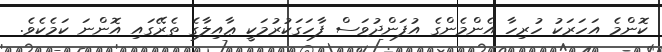
ކޮންމެ އަހަރަކު ހުރިހާ އެންމެންގެ އުފަންދުވަސް ފާހަގަކުރުމަކީ ޢާއިލާގެ ތެރޭގައި އޮންނަ ކަމެކެވެ.